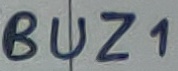
Text: BUZ1